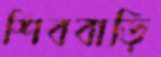
শিববাড়ি